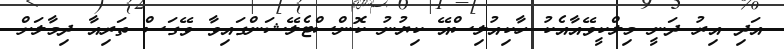
އަދި އިރު ދަނީ މިލްކީވޭއާއެކު ހާކިއުލިސްއޭ ކިޔުނު ކޮންސްޓެލޭޝަންގައިވާ ވޭގަސް ތަރިއާ ދިމާލަށް